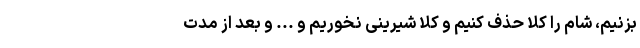
بزنیم، شام را کلاً حذف کنیم و کلاً شیرینی نخوریم و ... و بعد از مدت